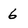
Character: 6